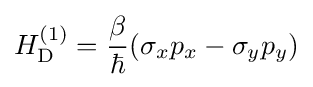
H_{\rm {D}}^{(1)}={\frac {\beta }{\hbar }}(\sigma _{x}p_{x}-\sigma _{y}p_{y})